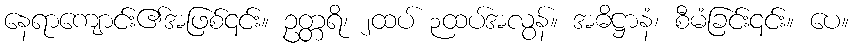
နေရာကျောင်း၏အဖြစ်၎င်း။ ဥတ္တရိ၊ ၂ထပ် ၃ထပ်အလွန်။ အဓိဋ္ဌာနံ၊ စီမံခြင်း၎င်း။ ပေ။